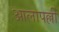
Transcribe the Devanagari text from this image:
आलापल्ली